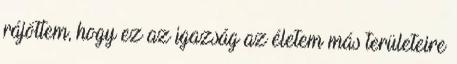
rájöttem, hogy ez az igazság az életem más területeire